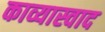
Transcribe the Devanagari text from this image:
काव्यास्वाद